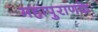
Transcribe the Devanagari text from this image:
महापुराणके